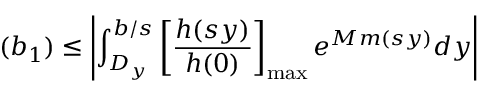
( b _ { 1 } ) \leq \left| \int _ { D _ { y } } ^ { b / s } \left[ { \frac { h ( s y ) } { h ( 0 ) } } \right] _ { \mathrm { m a x } } e ^ { M m ( s y ) } d y \right|